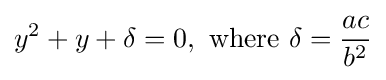
y^{2}+y+\delta =0,{\text{ where }}\delta ={\frac {ac}{b^{2}}}